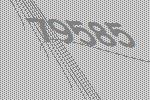
79585